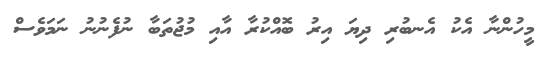
މީހުންނާ އެކު އެނބުރި ދިޔަ އިރު ބޮއްކުރާ އާއި މުޖުތަބާ ނުފެނުނު ނަމަވެސް